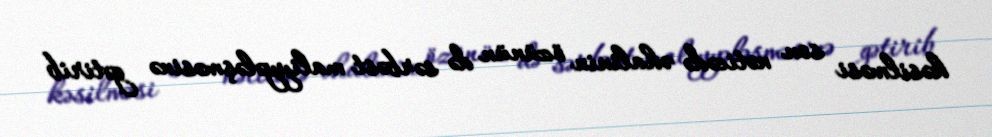
kəsilməsi son nəticədə əhalinin özünün də sərbəst maliyyələşməsinə gətirib